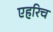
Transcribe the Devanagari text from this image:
एहरिच